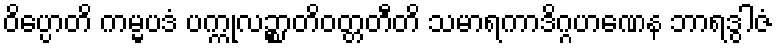
ဝိပ္ပောတိ ကမ္မပဒံ ပက္ကုလဉ္စာတိဝတ္တတီတိ သမာရကာဒိဂ္ဂဟဏေန ဘာရဒွါဇံ